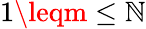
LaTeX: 1\leqm\leq\mathbb{N}